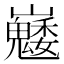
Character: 𡿆